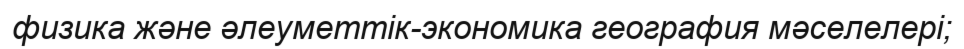
физика және әлеуметтік-экономика география мәселелері;